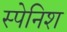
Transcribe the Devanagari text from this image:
स्‍पेनिश्‍ा